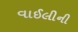
વાઈલીની